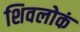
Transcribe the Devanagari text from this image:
शिवलोकं